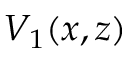
V _ { 1 } ( x , z )